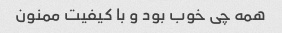
همه چی خوب بود و با کیفیت ممنون